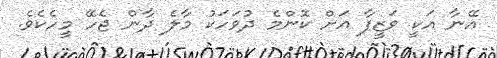
އޭނާ އަކީ ވަޒީފާ އަށް ކޮންމެ ދުވަހަކު މާލެ ދާން ޖެހޭ މީހެކެވެ.